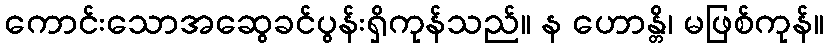
ကောင်းသောအဆွေခင်ပွန်းရှိကုန်သည်။ န ဟောန္တိ၊ မဖြစ်ကုန်။